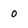
Character: 0